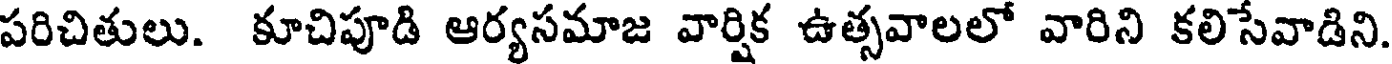
పరిచితులు. కూచిపూడి ఆర్యసమాజ వార్షిక ఉత్సవాలలో వారిని కలిసేవాడిని